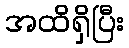
အထိရှိပြီး